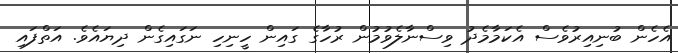
އެހެން ބުނިއިރުވެސް އެކަމާމެދު ވިސްނާލެވުމުން ރުހާގެ ގައިން ހީނިހި ނަގައިގެން ދިޔައެވެ. އަތްފައި